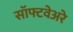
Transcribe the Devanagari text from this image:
सॉफ्टवेअरे